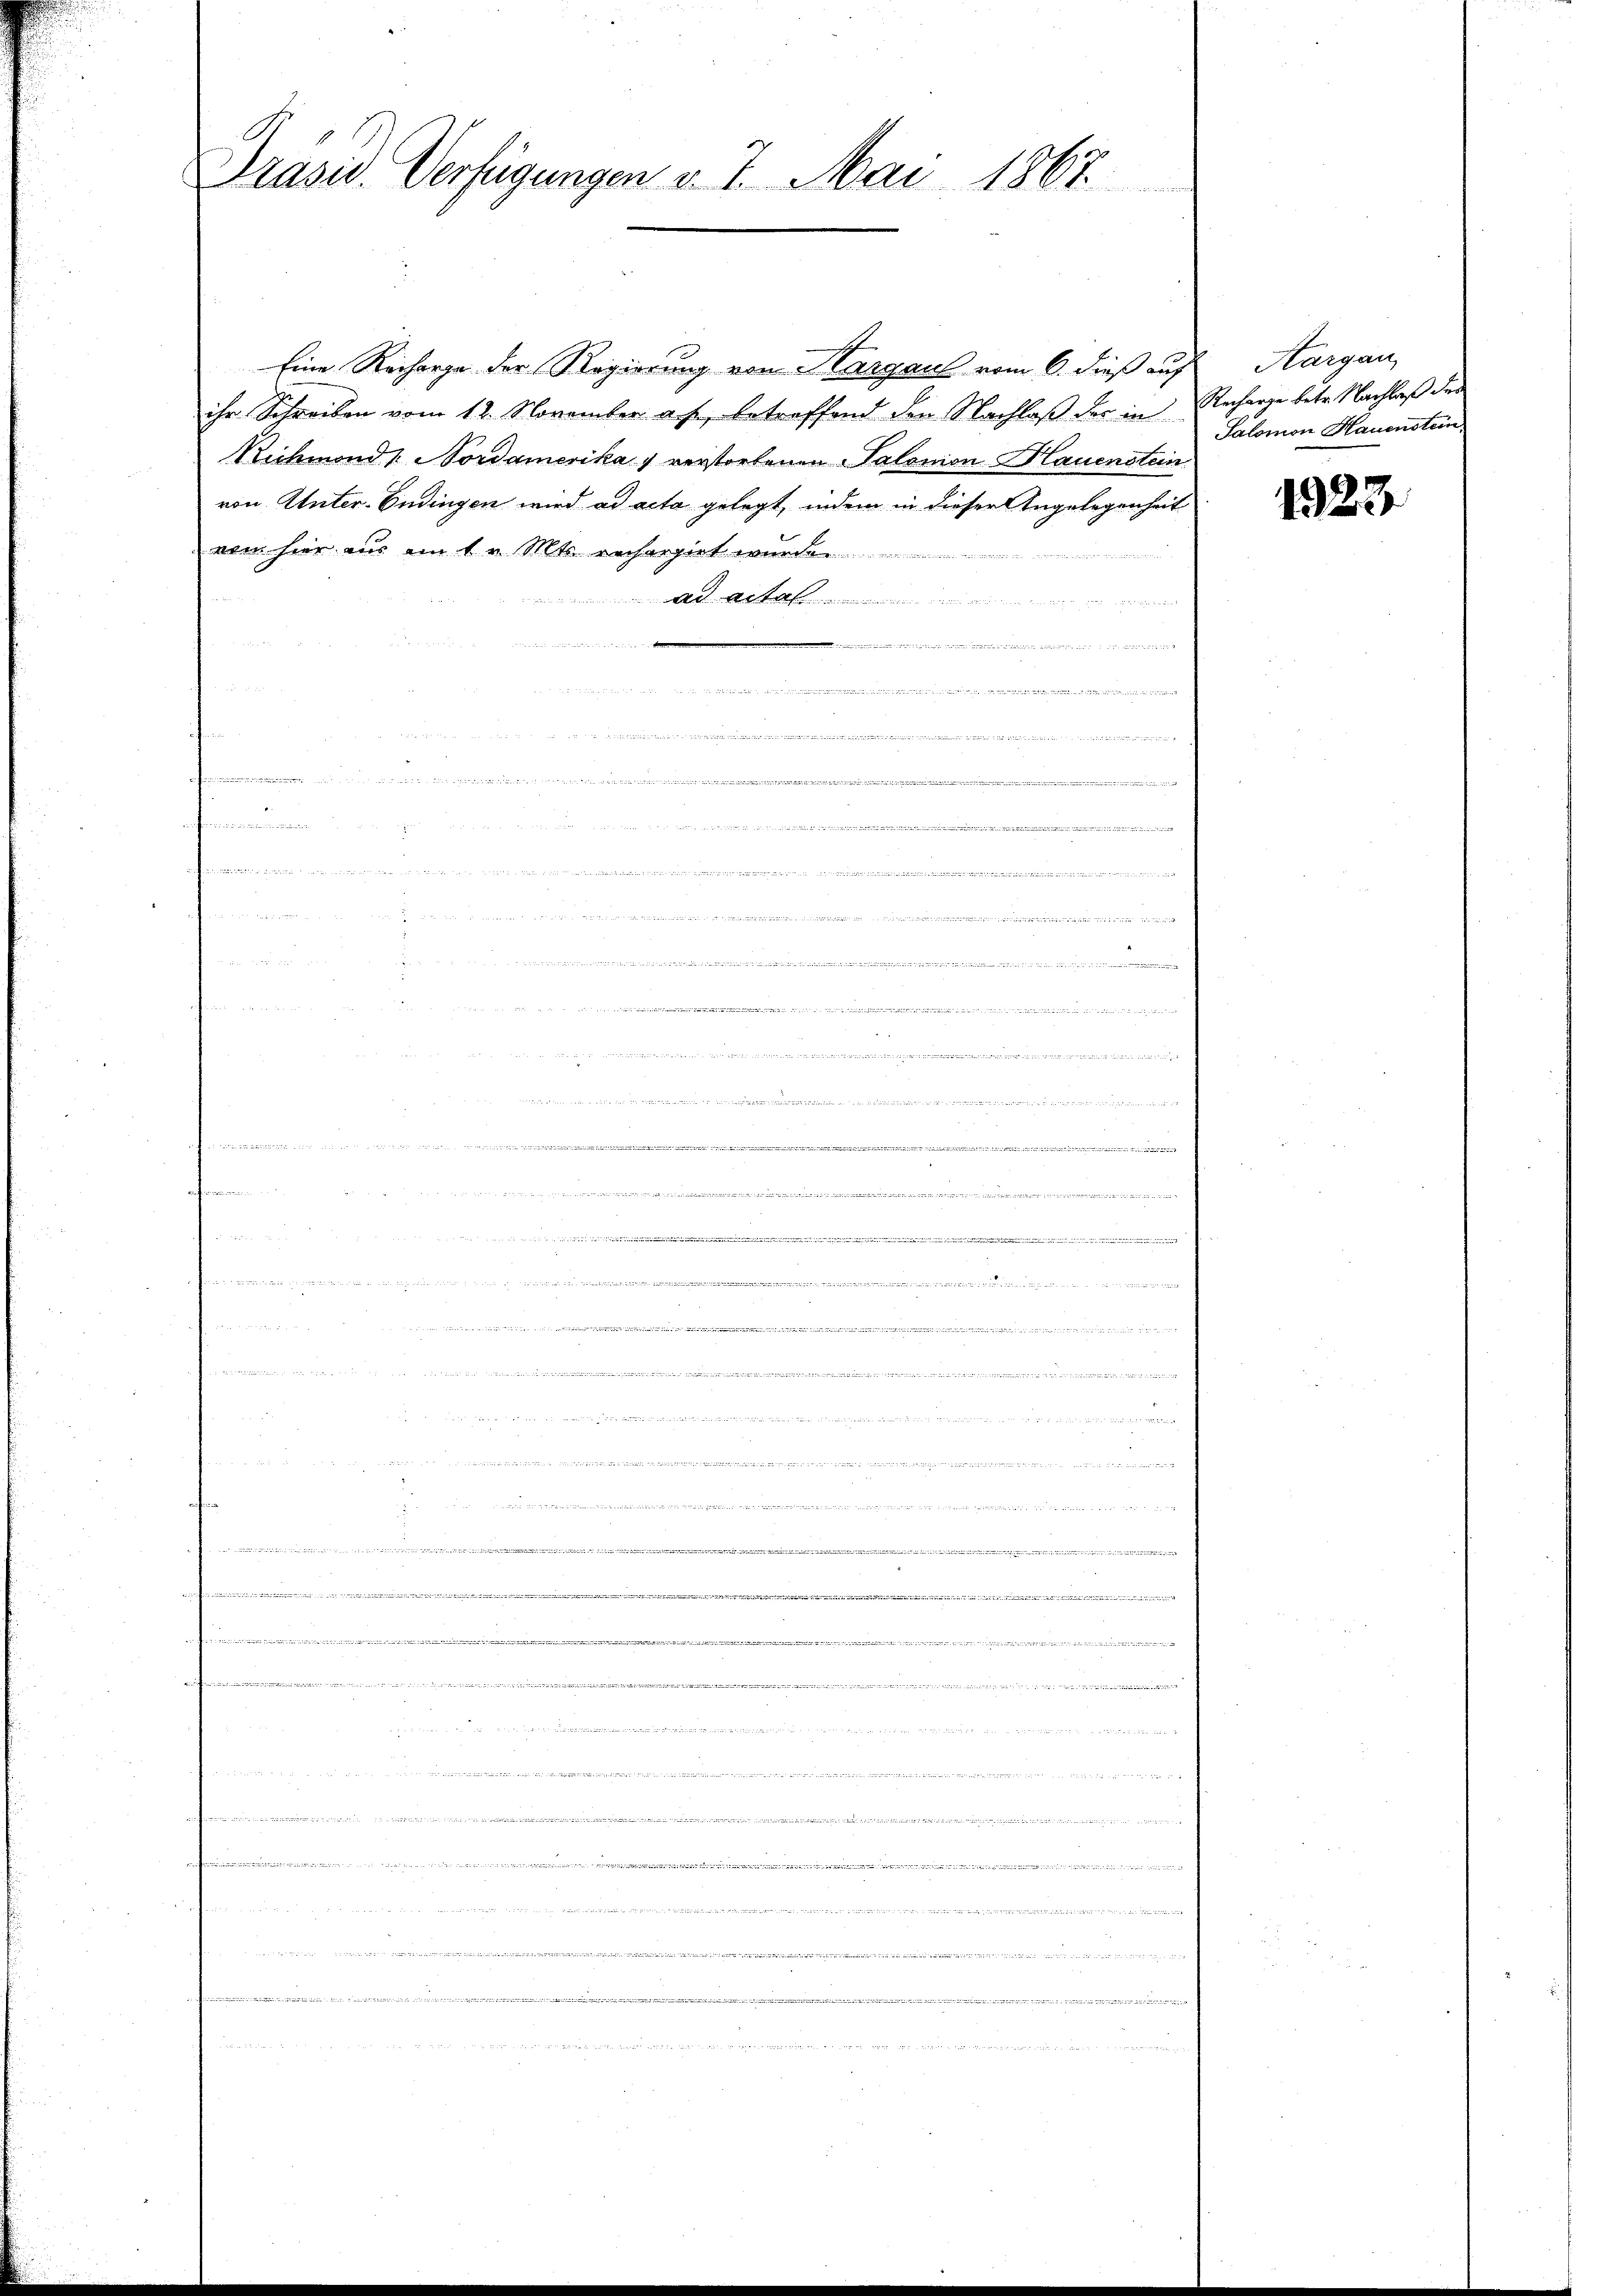
Präsid. Verfügungen v. 7. Mai 1867.

Eine Recharge der Regierung von Hargau vom 6. dieß auf
ihr Schreiben vom 12. November a. f., betreffend den Nachlaß der in
Richmond / Nordamerika u verstorfenen Salomon Hauenstein
von Unter-Endingen wird ad acta gelegt, indem in dieser Angelegenheit
von hier aus an Sr. Mts. erhergiet wurde.
t
n
gegen wir in der

de

iwide

d   eine in in die ich die erheit der

 ich den in den
.
  den einer 17
rice der 1775. 355

Aargau,
Recharge betr. Nachlaß der
Salomon Hauenstein

1323